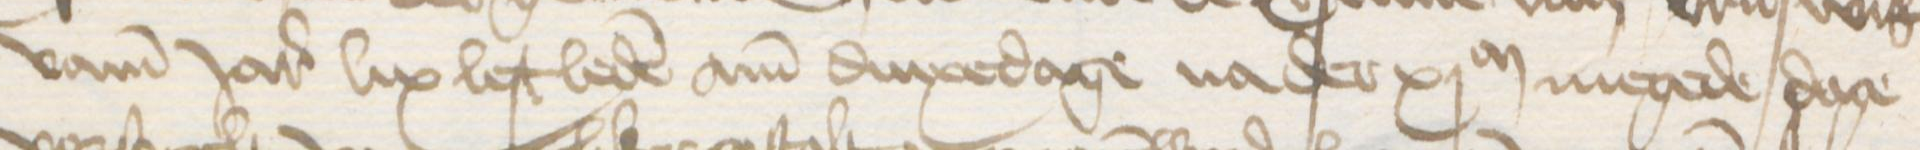
vamm Jares lix lest leden am dinxedage na der xjM megede dage